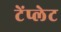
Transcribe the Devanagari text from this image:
टेंप्लेट